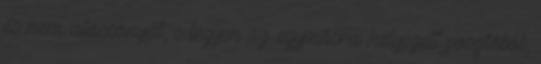
és nem alacsonyát, s legyen az egymásra helyezett posztóból,